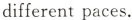
different paces.